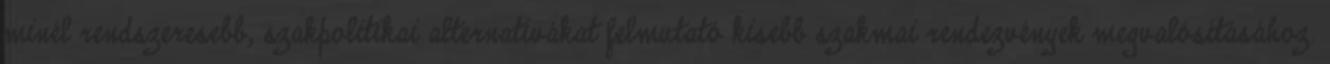
minél rendszeresebb, szakpolitikai alternatívákat felmutató kisebb szakmai rendezvények megvalósításához.